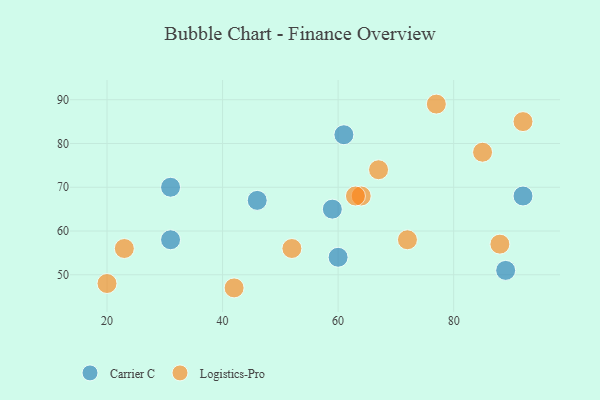
{"axis": {"x": "GDP", "y": "Life Expectancy"}, "legend": ["Carrier C", "Logistics-Pro"], "data": [{"x": "89", "y": 51, "type": "Carrier C"}, {"x": "31", "y": 58, "type": "Carrier C"}, {"x": "61", "y": 82, "type": "Carrier C"}, {"x": "59", "y": 65, "type": "Carrier C"}, {"x": "92", "y": 68, "type": "Carrier C"}, {"x": "46", "y": 67, "type": "Carrier C"}, {"x": "60", "y": 54, "type": "Carrier C"}, {"x": "31", "y": 70, "type": "Carrier C"}, {"x": "52", "y": 56, "type": "Logistics-Pro"}, {"x": "42", "y": 47, "type": "Logistics-Pro"}, {"x": "23", "y": 56, "type": "Logistics-Pro"}, {"x": "92", "y": 85, "type": "Logistics-Pro"}, {"x": "77", "y": 89, "type": "Logistics-Pro"}, {"x": "20", "y": 48, "type": "Logistics-Pro"}, {"x": "88", "y": 57, "type": "Logistics-Pro"}, {"x": "64", "y": 68, "type": "Logistics-Pro"}, {"x": "63", "y": 68, "type": "Logistics-Pro"}, {"x": "85", "y": 78, "type": "Logistics-Pro"}, {"x": "72", "y": 58, "type": "Logistics-Pro"}, {"x": "67", "y": 74, "type": "Logistics-Pro"}]}